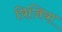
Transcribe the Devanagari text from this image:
त्रिजिया